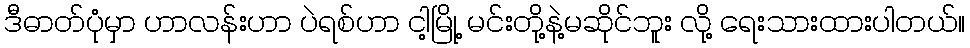
ဒီဓာတ်ပုံမှာ ဟာလန်းဟာ ပဲရစ်ဟာ ငါ့မြို့ မင်းတို့နဲ့မဆိုင်ဘူး လို့ ရေးသားထားပါတယ်။